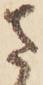
さ